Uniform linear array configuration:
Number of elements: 4
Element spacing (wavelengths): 1
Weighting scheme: binomial
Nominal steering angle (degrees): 45
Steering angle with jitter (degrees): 46.362
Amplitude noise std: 0.05
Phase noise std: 0.05

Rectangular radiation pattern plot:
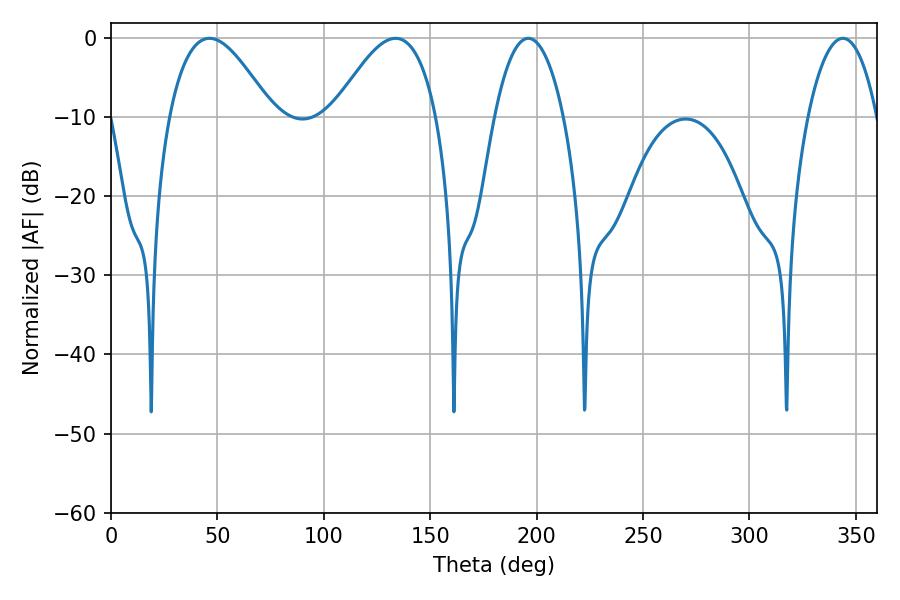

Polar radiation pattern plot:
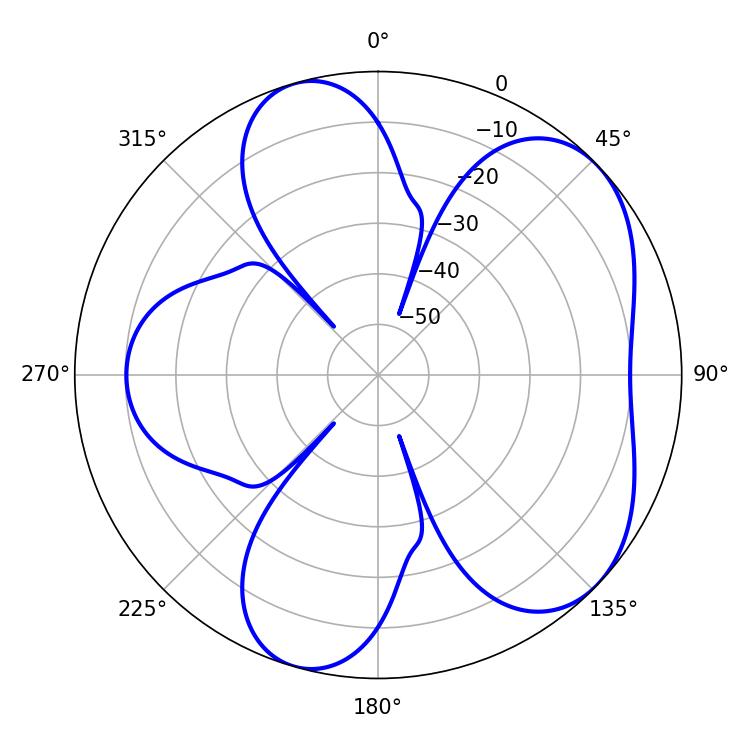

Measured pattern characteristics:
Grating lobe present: TRUE
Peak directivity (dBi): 5.672
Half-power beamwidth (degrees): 26.28
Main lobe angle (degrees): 46.26